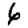
Digit: 6